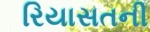
રિયાસતની